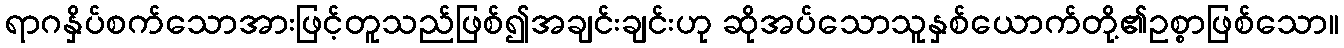
ရာဂနှိပ်စက်သောအားဖြင့်တူသည်ဖြစ်၍အချင်းချင်းဟု ဆိုအပ်သောသူနှစ်ယောက်တို့၏ဥစ္စာဖြစ်သော။